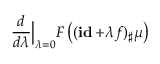
\frac { d } { d \lambda } \Big | _ { \lambda = 0 } F \left( ( \mathop { \bf i d } + \lambda f ) _ { \sharp } \mu \right)